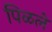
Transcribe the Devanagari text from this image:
पिळले